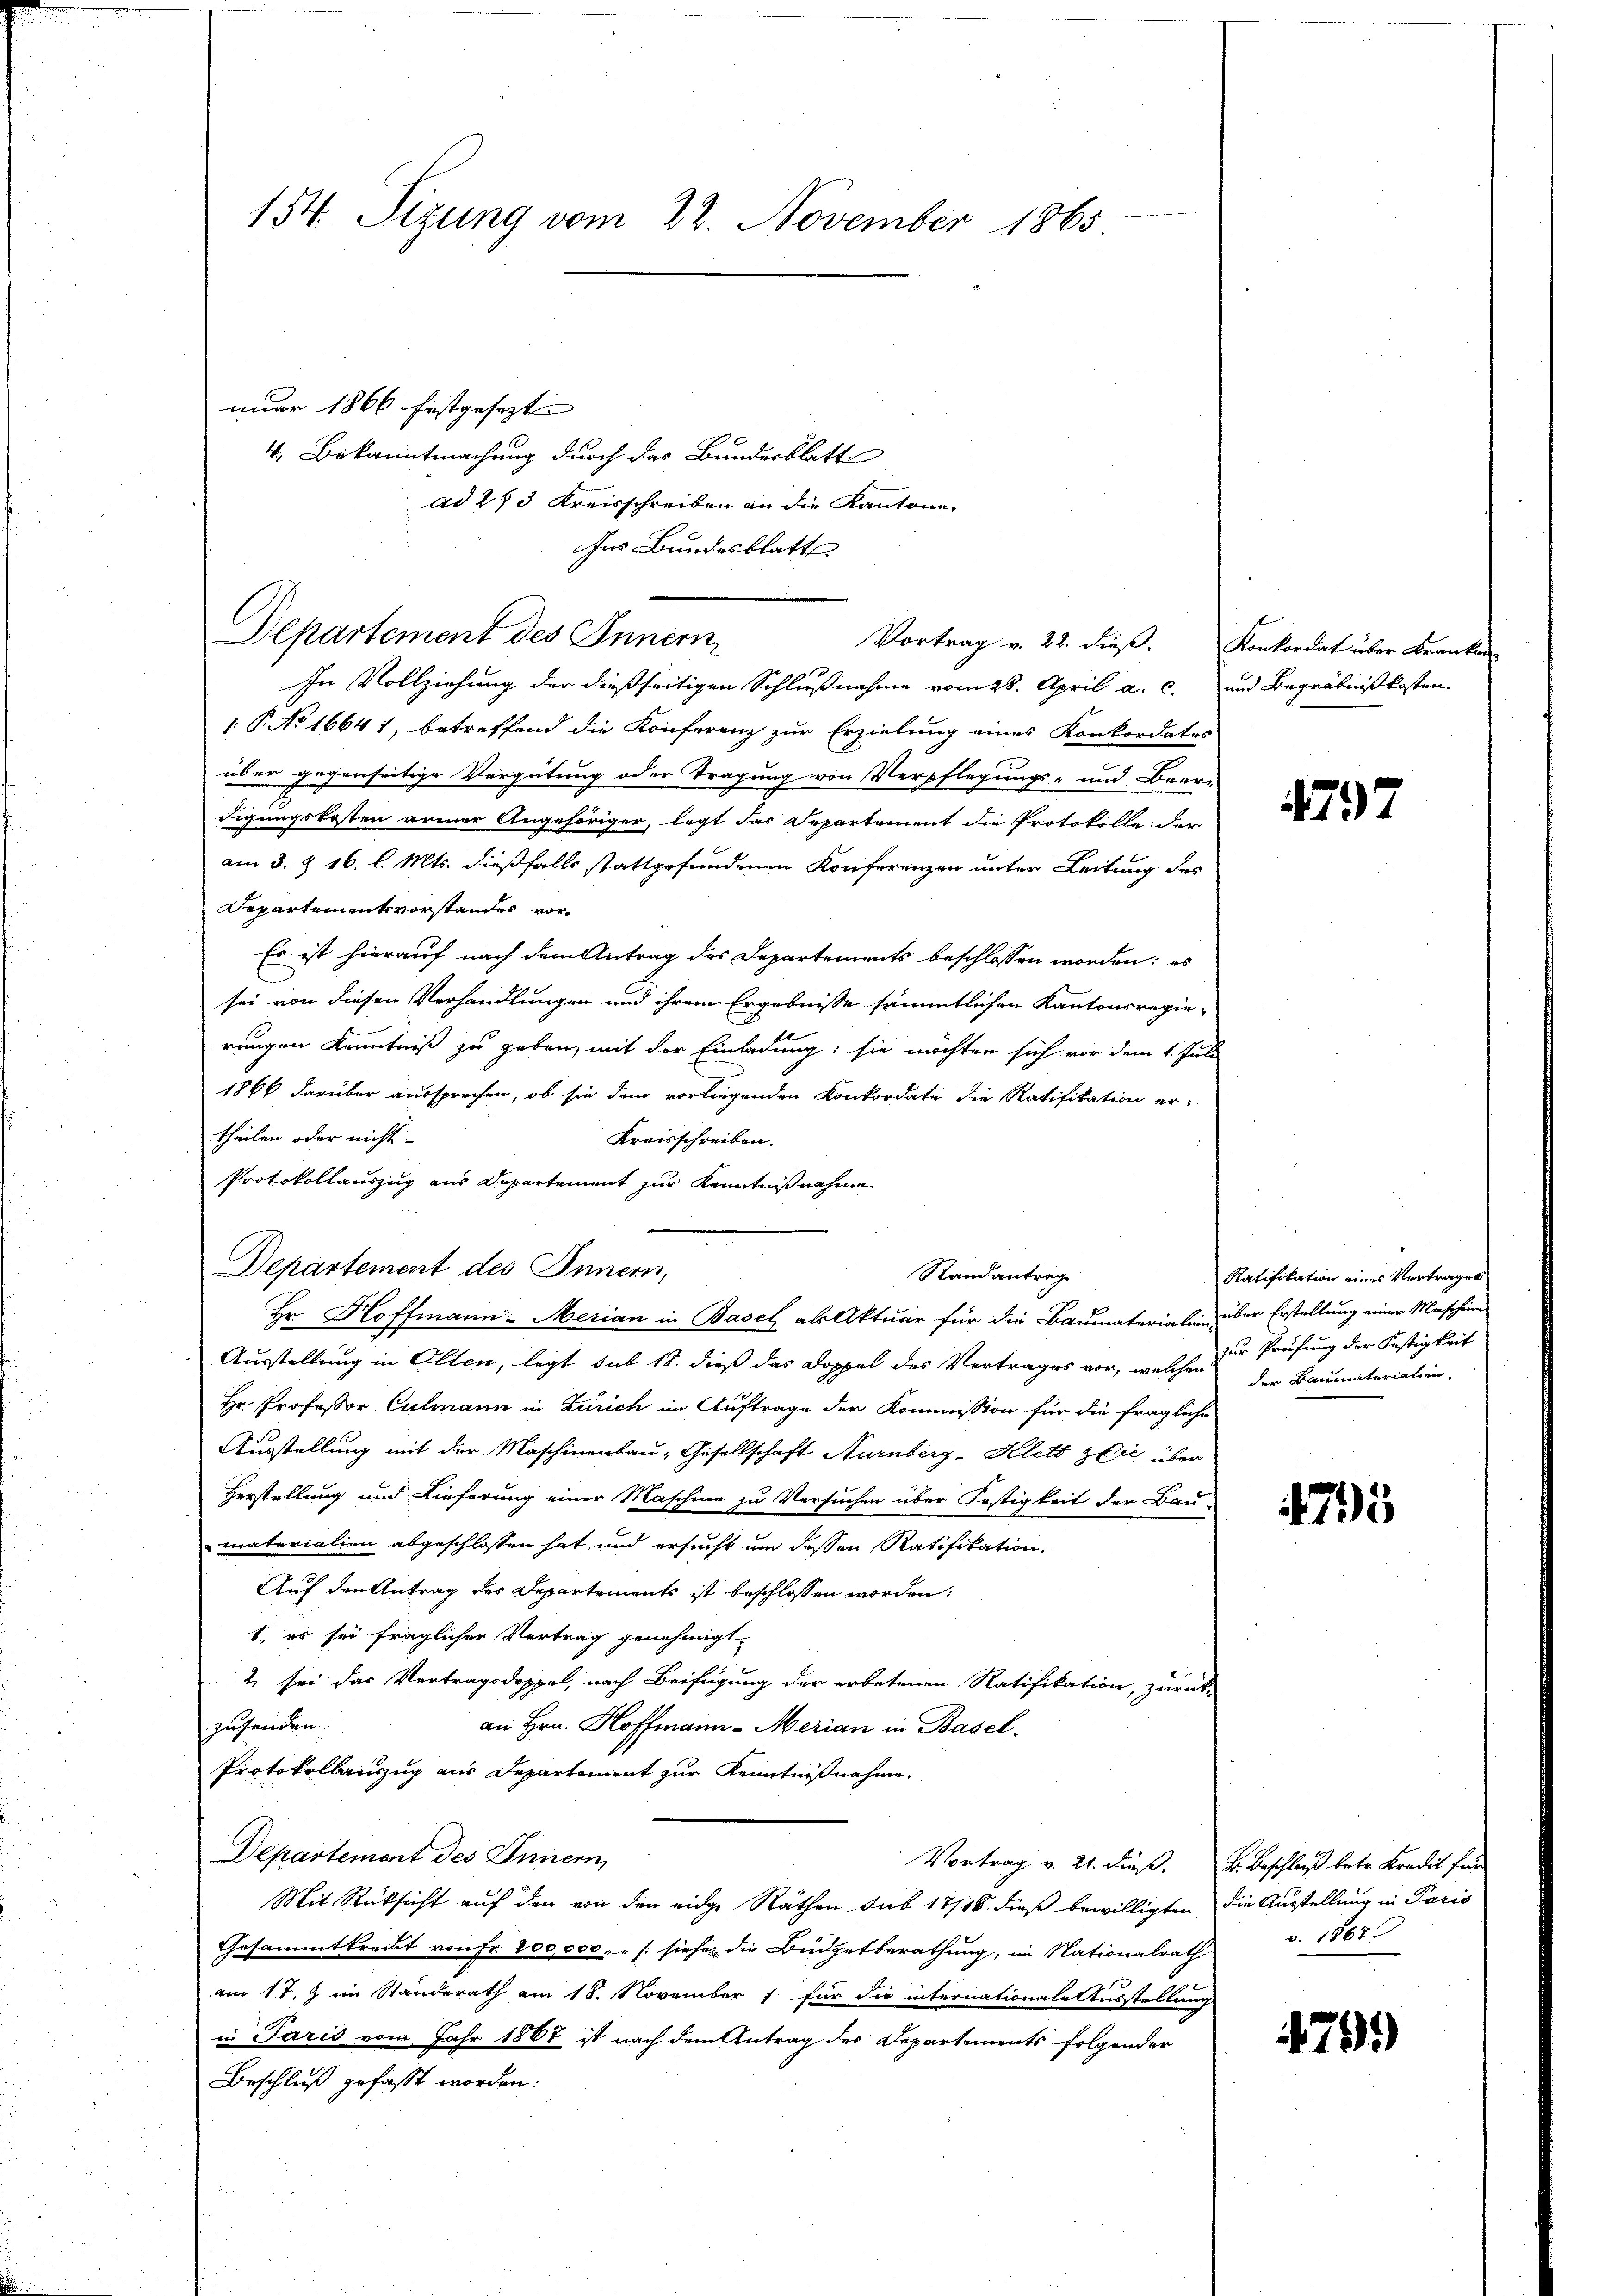
154. Sizung vom 22. November 1865

nuar 1866 festgesezt
V. Bekanntmachung durch das Bundesblatt
ad 283 Kreisschreiben an die Kantone.
In Vollziehung der dießseitigen Schlußnahme vom 28. April a. c.
1: P. No 1664 1, betreffend die Konferenz zur Erzielung eines Konkordates
über gegenseitige Vergütung oder Tragung von Verpflegungs- und Beer-
digungskosten armer Angehöriger, legt das Departement die Protokolle der
am 3. § 16. l. Mts. dießfalls stattgefundenen Konferenzen unter Leitung des
Departementsvorstandes vor¬
Es ist hierauf nach dem Antrag des Departements beschlossen worden; es
sei von diesen Verhandlungen und ihrem Ergebnisse sämmtlichen Kantonsregierungen Kenntniß zu geben, mit der Einladung: sie möchten sich vor dem 1. Juli
1866 darüber aussprechen, ob sie dem vorliegenden Konkordate die Ratifikation er-
theilen oder nicht
Kreisschreiben.
Protokollauszug aus Departement zur Kenntnißnahme
Departement des Innern,
Randantrag
Hr. Hoffmann - Merian in Basel als Aktuar für die Baumaterialien über Erstellung einer Maschine
Ausstellung in Olten, legt sub 18. dieß das Doppel des Vertrages vor, welchen der Baumaterialien-
Hr. Professor Culmann in Zürich im Auftrage der Kommission für die fragliche
Ausstellung mit der Maschinenbau, Gesellschaft Nürnberg-Klett zeit über
Herstellung und Lieferung einer Maschine zu Versuchen über Festigkeit der Bau
materialien abgeschlossen hat und ersucht um dessen Ratifikation.
Auf den Antrag des Departements ist beschlossen worden:
1., es sei fraglicher Vertrag genehmigt.
2 sei das Vertragsdoppel, nach Beifügung der erbetenen Ratifikation, zur
zusenden.
an Hrn. Hoffmann - Merian in Basel,
Protokollauszug aus Departement zur Kenntnißnahme.
Departement des Innern,
Vortrag v. 21. dieß,
Mit Rücksicht auf den von den eidge Räthen sub 17/18. dieß bewilligten
Gesammtkreut von Fr. 200,000, „ (siehe die Büdgetberathung, im Nationalrath
am 17. J. im Standerath am 18. November 1 für die internationale Ausstellung
in Paris vom Jahr 1867 ist nach dem Antrag des Departements folgender
Beschluß gefasst worden.

her Bundesblatt
Departement des Innern

Vortrag v. 22. dieß.

Konkordat über Kranken
und Begräbnißkosten

4797

Ratifikation eines Vertragen
zur Prüfung der Festigkeit

4795

Br. Beschluß betr. Kredit für
die Ausstellung in Paris
 v. 18613

4799)